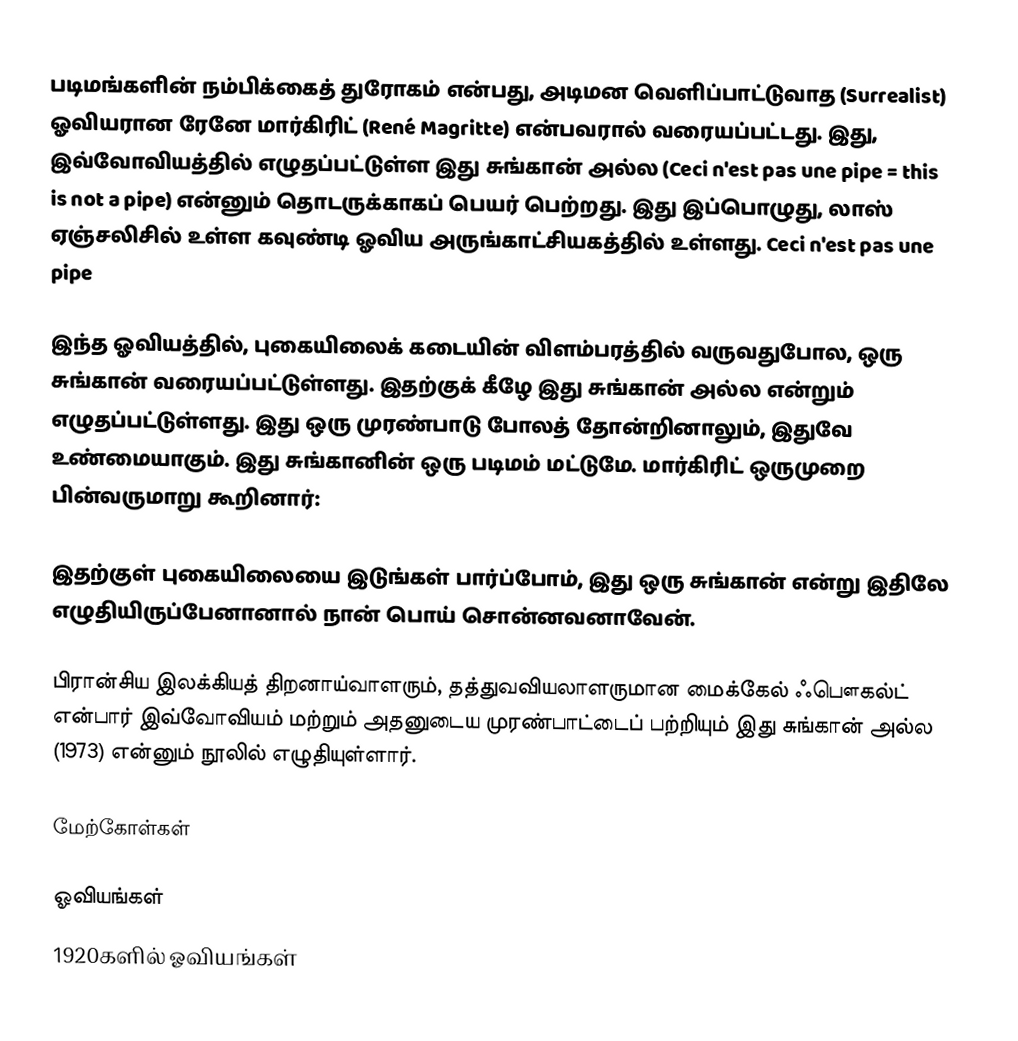
படிமங்களின் நம்பிக்கைத் துரோகம் என்பது, அடிமன வெளிப்பாட்டுவாத (Surrealist) ஓவியரான ரேனே மார்கிரிட் (René Magritte) என்பவரால் வரையப்பட்டது. இது, இவ்வோவியத்தில் எழுதப்பட்டுள்ள இது சுங்கான் அல்ல (Ceci n'est pas une pipe = this is not a pipe) என்னும் தொடருக்காகப் பெயர் பெற்றது. இது இப்பொழுது, லாஸ் ஏஞ்சலிசில் உள்ள கவுண்டி ஓவிய அருங்காட்சியகத்தில் உள்ளது. Ceci n'est pas une pipe

இந்த ஓவியத்தில், புகையிலைக் கடையின் விளம்பரத்தில் வருவதுபோல, ஒரு சுங்கான் வரையப்பட்டுள்ளது. இதற்குக் கீழே இது சுங்கான் அல்ல என்றும் எழுதப்பட்டுள்ளது. இது ஒரு முரண்பாடு போலத் தோன்றினாலும், இதுவே உண்மையாகும். இது சுங்கானின் ஒரு படிமம் மட்டுமே. மார்கிரிட் ஒருமுறை பின்வருமாறு கூறினார்:

 இதற்குள் புகையிலையை இடுங்கள் பார்ப்போம், இது ஒரு சுங்கான் என்று இதிலே எழுதியிருப்பேனானால் நான் பொய் சொன்னவனாவேன்.

பிரான்சிய இலக்கியத் திறனாய்வாளரும், தத்துவவியலாளருமான மைக்கேல் ஃபௌகல்ட் என்பார் இவ்வோவியம் மற்றும் அதனுடைய முரண்பாட்டைப் பற்றியும் இது சுங்கான் அல்ல (1973) என்னும் நூலில் எழுதியுள்ளார்.

மேற்கோள்கள்

ஓவியங்கள்
1920களில் ஓவியங்கள்